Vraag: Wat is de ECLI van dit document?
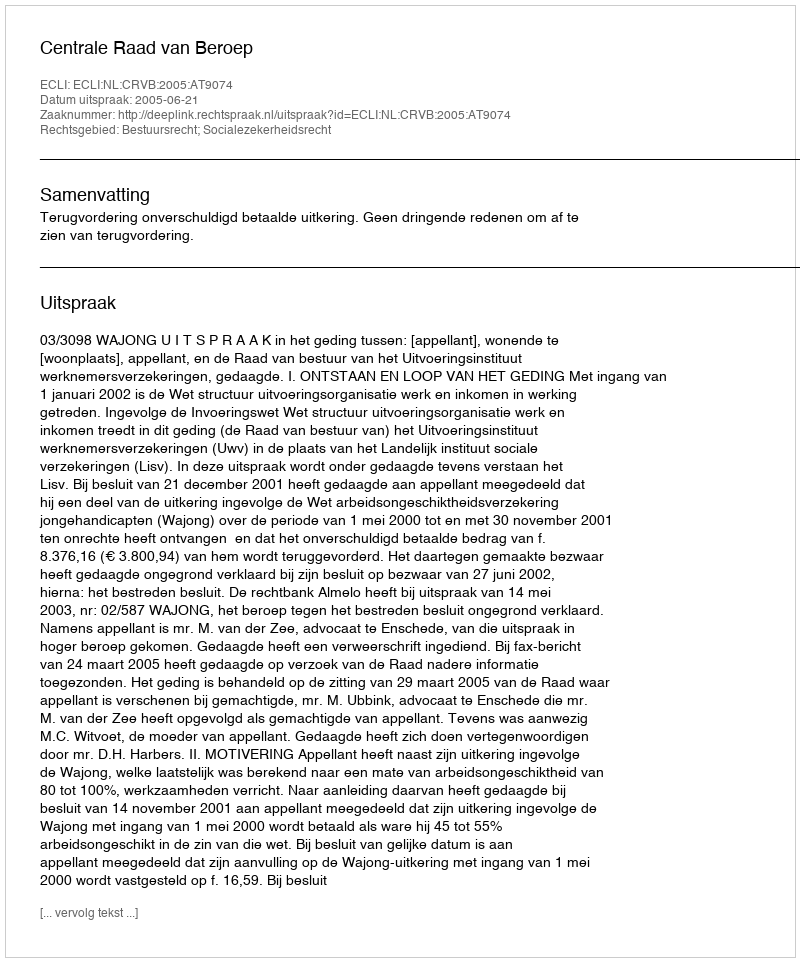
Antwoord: ECLI:NL:CRVB:2005:AT9074